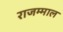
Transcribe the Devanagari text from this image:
राजम्माल